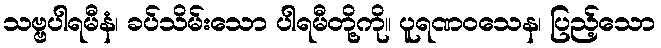
သဗ္ဗပါရမီနံ၊ ခပ်သိမ်းသော ပါရမီတို့ကို။ ပူရဏဝသေန၊ ပြည့်သော